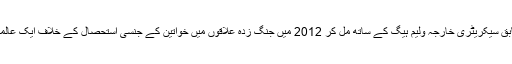
انجلینا جولی برطانیہ کے سابق سیکریٹری خارجہ ولیم ہیگ کے ساتھ مل کر 2012 میں جنگ زدہ علاقوں میں خواتین کے جنسی استحصال کے خلاف ایک عالمی مہم کا آغاز کر چکی ہیں۔